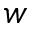
w